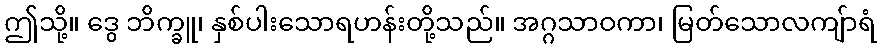
ဤသို့။ ဒွေ ဘိက္ခူ၊ နှစ်ပါးသောရဟန်းတို့သည်။ အဂ္ဂသာဝကာ၊ မြတ်သောလကျ်ာရံ